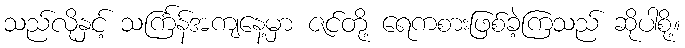
သည်လိုနှင့် သင်္ကြန်အကျနေ့မှာ ဇင်တို့ ရေကစားဖြစ်ခဲ့ကြသည် ဆိုပါစို့။